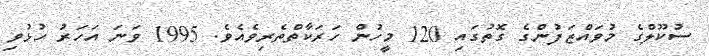
ސުކޫލްގެ މުވައްޒަފުންގެ ގޮތުގައި 120 މީހުން ހަރަކާތްތެރިވެއެވެ. 1995 ވަނަ އަހަރު ހުޅުވި